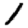
Digit: 1